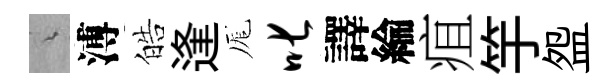
綿溥皓逢厖叱譯綸疽竽盌